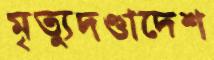
মৃত্যুদণ্ডাদেশ